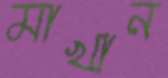
মাখান